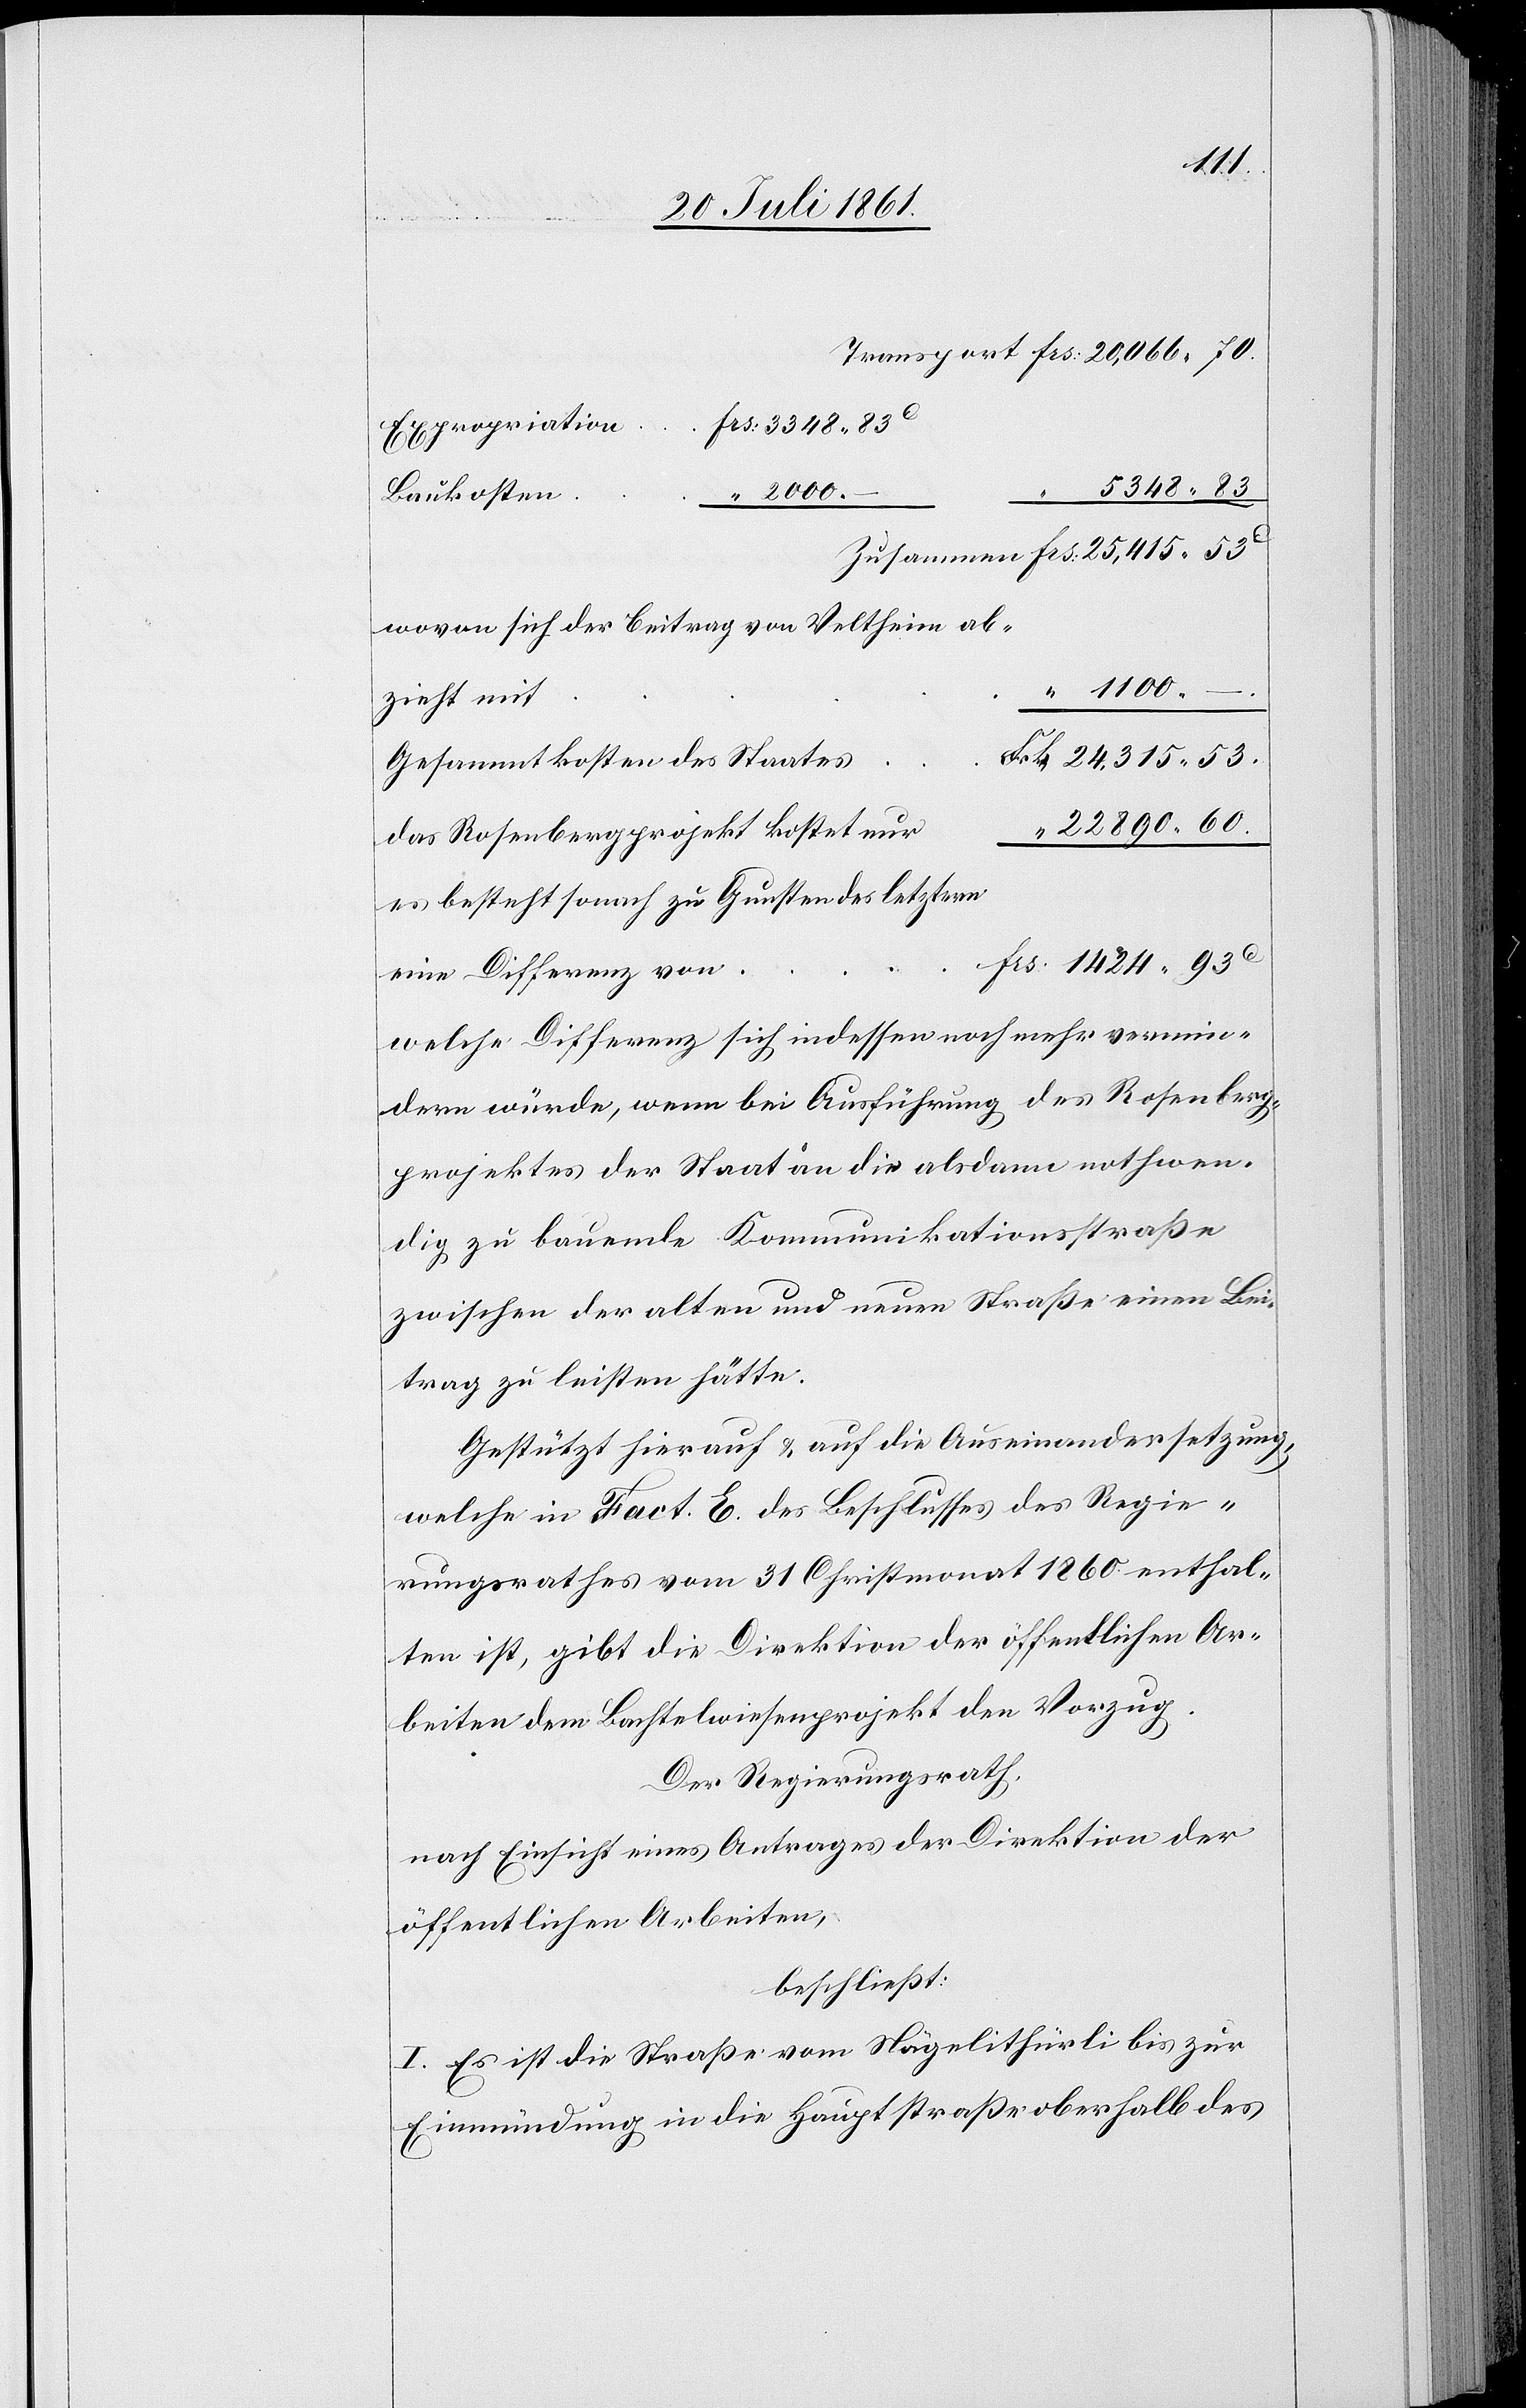
1100.
Frs: 3348.83
Expropriation
5348.83
2000.
Baukosten	“
Zusammen	Frs: 25,415.53
wovon sich der Beitrag von Veltheim ab¬
rk. 24,315.53
Gesammtkosten des Staate¬
22890.60
das Rosenbergprojekt kostet
s						F¬
es besteht sonach zu Gunsten des letztern
1424.93 c
welche Differenz sich indessen noch mehr verän¬
dern würde, wenn bei Ausführung des Rosenberg¬
projektes der Staat an die alsdann nothwen¬
dig zu bauende Kommunikationsstraße
zwischen der alten und neuen Straße einen Bei¬
trag zu leisten hätte.
Gestützt hierauf u. auf die Auseinandersetzung,
welche in Fact. E. des Beschlusses des Regie¬
rungsrathes vom 31 Christmonat 1860 enthal¬
ten ist, gibt die Direktion der öffentlichen Ar¬
beiten dem Bachtelwiesenprojekt den Vorzug.
Der Regierungsrath,
nach Einsicht eines Antrages der Direktion der
öffentlichen Arbeiten,
beschließt:
I. Es ist die Straße vom Nägelithürli zur
Einmündung in die Hauptstraße oberhalb des